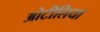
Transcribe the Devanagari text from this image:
ओटीलिया